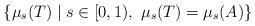
LaTeX: \begin{align*}\{ \mu_s(T) \mid s \in [0,1),\ \mu_s(T) = \mu_s(A) \}\end{align*}